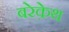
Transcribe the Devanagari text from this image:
बरेक़ेथ